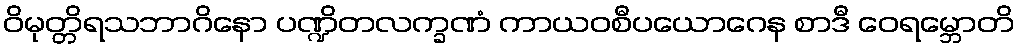
ဝိမုတ္တိရသဘာဂိနော ပဏ္ဍိတလက္ခဏံ ကာယဝစီပယောဂေန စာဒီ ဝေရမ္ဘောတိ